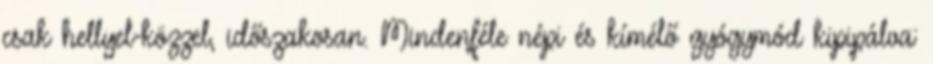
csak hellyel-közzel, időszakosan. Mindenféle népi és kímélő gyógymód kipipálva: